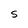
Character: S